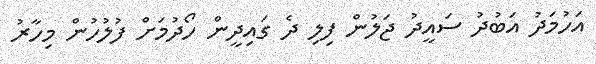
އަހުމަދު އަބުދު ސައީދު ޖަލުން ފިލި ދެ ގައިދީން ހޯދުމަށް ފުލުހުން މިހާރު